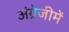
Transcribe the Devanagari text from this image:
अंग्रेजीमें